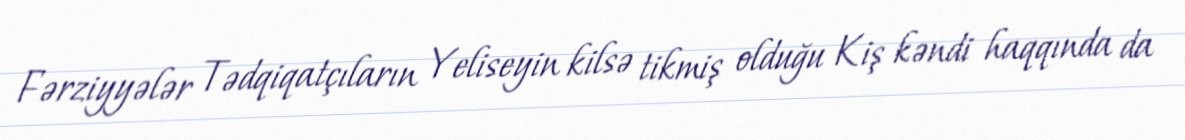
Fərziyyələr Tədqiqatçıların Yeliseyin kilsə tikmiş olduğu Kiş kəndi haqqında da